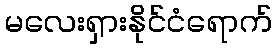
မလေးရှားနိုင်ငံရောက်